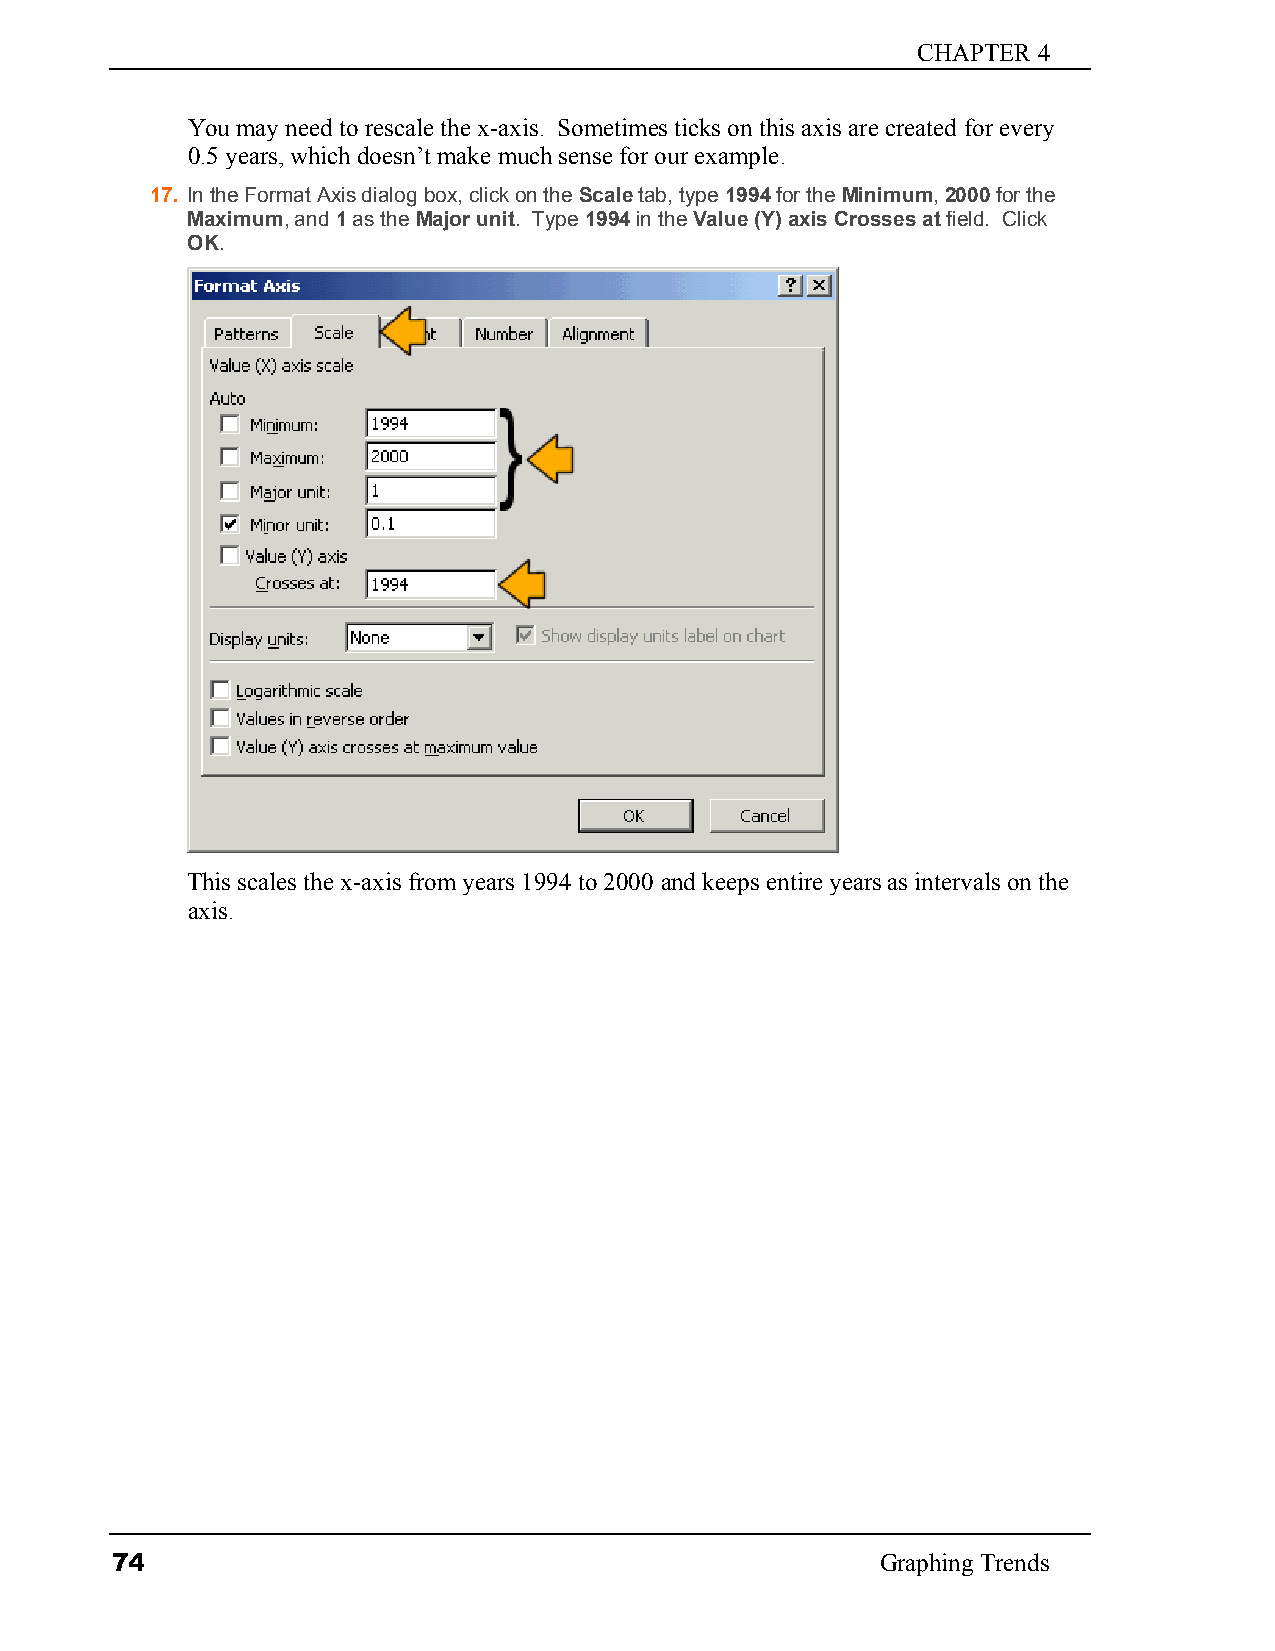
CHAPTER 4
 You may need to rescale the x-axis. Sometimes ticks on this axis are created for every
 0.5 years, which doesn’t make much sense for our example.
 17. In the Format Axis dialog box, click on the Scale tab, type 1994 for the Minimum, 2000 for the
 Maximum, and 1 as the Major unit. Type 1994 in the Value (Y) axis Crosses at field. Click
 OK.
 This scales the x-axis from years 1994 to 2000 and keeps entire years as intervals on the
 axis.
 74                                                 Graphing Trends